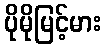
ပိုမိုမြင့်မား